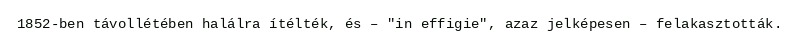
1852-ben távollétében halálra ítélték, és – "in effigie", azaz jelképesen – felakasztották.